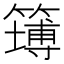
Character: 𥴾